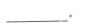
___.